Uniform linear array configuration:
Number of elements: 4
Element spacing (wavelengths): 0.75
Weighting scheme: hann
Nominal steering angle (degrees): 0
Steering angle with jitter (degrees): -0.3185
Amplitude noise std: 0.05
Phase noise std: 0.05

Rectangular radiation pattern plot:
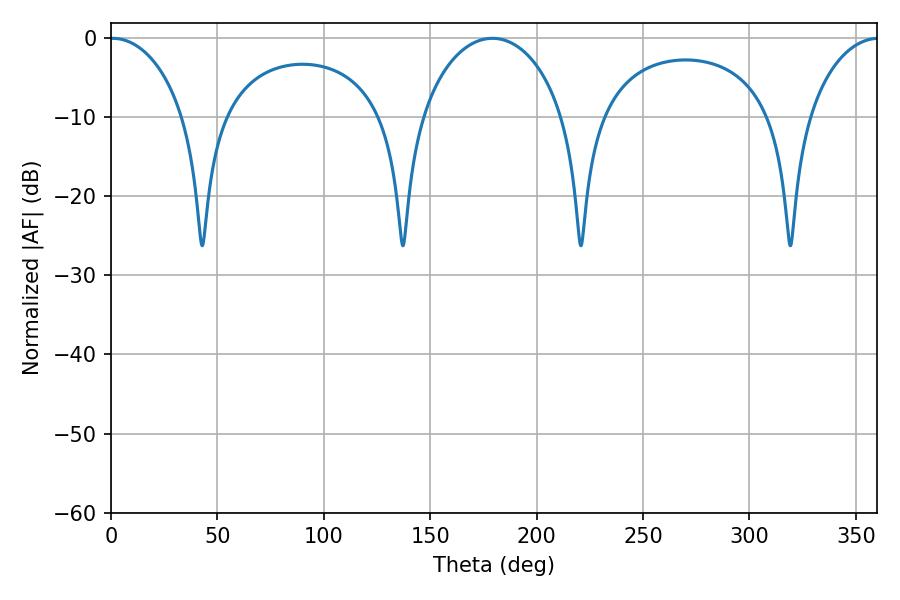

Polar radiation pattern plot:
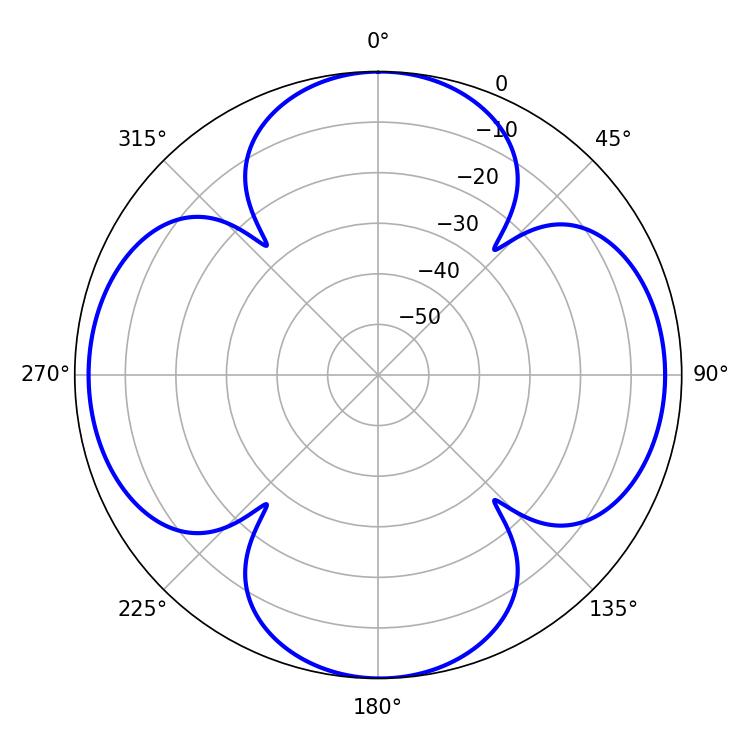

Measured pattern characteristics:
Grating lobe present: TRUE
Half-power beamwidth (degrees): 20.16
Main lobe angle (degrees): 0.72